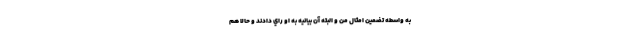
به واسطه تضمين امثال من و البته آن بيانيه به او راي دادند و حالا هم